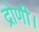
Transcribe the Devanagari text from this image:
द्रोणी।